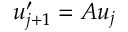
u _ { j + 1 } ^ { \prime } = A u _ { j }